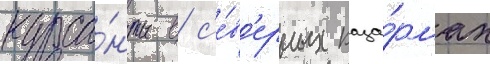
курса́нты в с'е́в'ерных каза́рмах